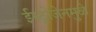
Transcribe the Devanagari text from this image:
ईस्ट्रोजेनमुळे